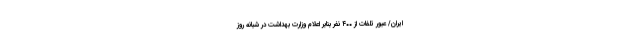
ایران/ عبور تلفات از ۴۰۰ نفر بنابر اعلام وزارت بهداشت در شبانه روز